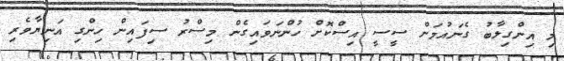
މި އިންގިލާބު ގެނައުމަށް ސީސީ އިސްކޮށް ހުންނަވައިގެން މިސްރު ސިފައިން ހިންގި އަނިޔާވެރި